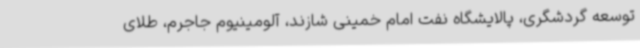
توسعه گردشگری، پالایشگاه نفت امام خمینی شازند، آلومینیوم جاجرم، طلای